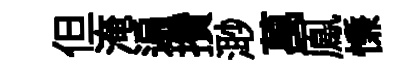
但淹遍攢𣺌萬鳯慊